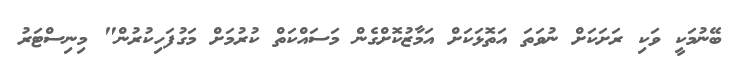
ބޭނުމަކީ ވަކި ރަށަކަށް ނުވަތަ އަތޮޅަކަށް އަމާޒުކޮށްގެން މަސައްކަތް ކުރުމަށް މަގުފަހިކުރުން" މިނިސްޓަރު